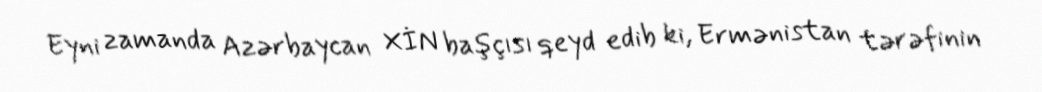
Eyni zamanda Azərbaycan XİN başçısı qeyd edib ki, Ermənistan tərəfinin